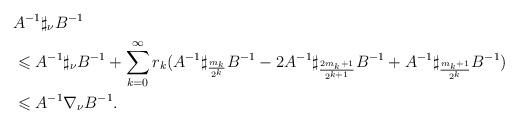
LaTeX: \begin{align*} &A^{-1} \sharp_{\nu} B^{-1} \\ &\leqslant A^{-1} \sharp_{\nu} B^{-1}+ \sum _{k=0}^{\infty} r_{k} (A^{-1}\sharp_{\frac{m_k}{2^k}}B^{-1} -2 A^{-1}\sharp_{\frac{2m_k+1}{2^{k+1}}}B^{-1}+ A^{-1}\sharp_{\frac{m_k+1}{2^k}} B^{-1}) \\& \leqslant A^{-1} \nabla_{\nu} B^{-1}.\end{align*}